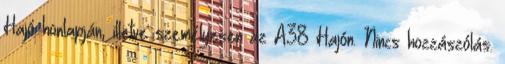
Hajó honlapján, illetve személyesen az A38 Hajón. Nincs hozzászólás.